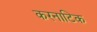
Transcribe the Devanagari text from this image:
करनाटिक